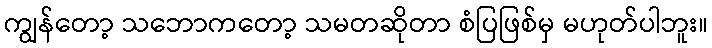
ကျွန်တော့ သဘောကတော့ သမတဆိုတာ စံပြဖြစ်မှ မဟုတ်ပါဘူး။